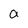
Character: a